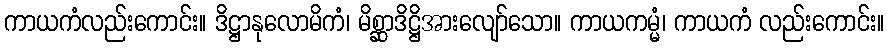
ကာယကံလည်းကောင်း။ ဒိဋ္ဌာနုလောမိကံ၊ မိစ္ဆာဒိဋ္ဌိအားလျော်သော။ ကာယကမ္မံ၊ ကာယကံ လည်းကောင်း။